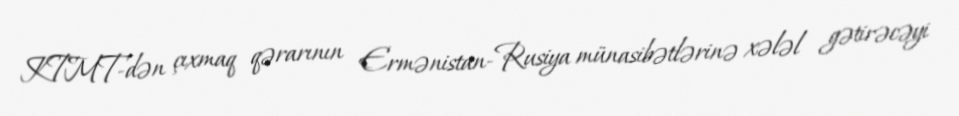
KTMT-dən çıxmaq qərarının Ermənistan-Rusiya münasibətlərinə xələl gətirəcəyi